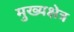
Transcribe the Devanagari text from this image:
मुख्यक्षेत्र